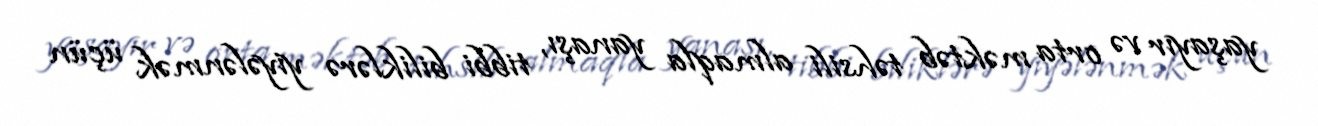
yaşayır və orta məktəb təhsili almaqla yanaşı, tibbi biliklərə yiyələnmək üçün